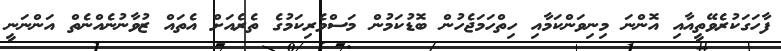
ފާހަގަކުރެވޭތީއާއި އޮންނަ މިނިވަންކަމާއި ހިތްހަމަޖެހުން ބޮޑުކަމުން މަސްވެރިކަމުގެ ތެރެއަށް އެތައް ޒުވާނުނެއްނެތް އަންނަނީ